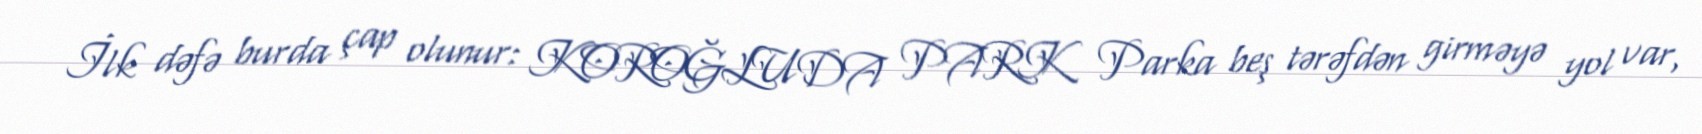
İlk dəfə burda çap olunur: KOROĞLUDA PARK Parka beş tərəfdən girməyə yol var,